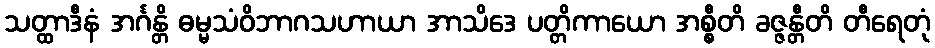
သတ္ထာဒီနံ အင်္ဂန္တိ ဓမ္မသံဝိဘာဂသဟာယာ အာသိဒေ ပတ္တိကာယော အစ္စီတိ ခဇ္ဇန္တီတိ တီရေတုံ